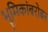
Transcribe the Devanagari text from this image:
भूमिकांबरोबर